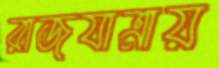
রাজযাত্রায়